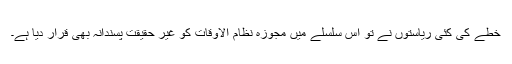
خطے کی کئی ریاستوں نے تو اس سلسلے میں مجوزہ نظام الاوقات کو غیر حقیقت پسندانہ بھی قرار دیا ہے۔